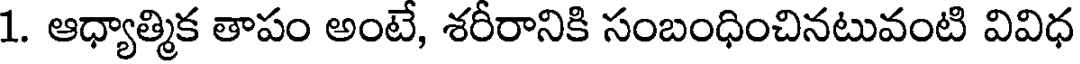
1. ఆధ్యాత్మిక తాపం అంటే, శరీరానికి సంబంధించినటువంటి వివిధ